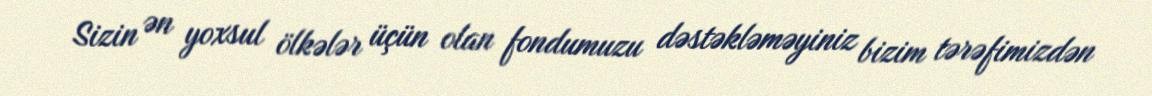
Sizin ən yoxsul ölkələr üçün olan fondumuzu dəstəkləməyiniz bizim tərəfimizdən